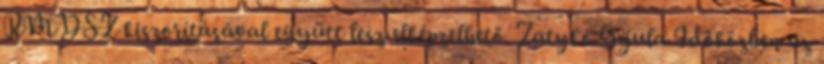
RMDSZ kiszorításával együtt lesz elképzelhető. Zatykó Gyula Időközben az